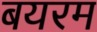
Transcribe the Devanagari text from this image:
बयरम